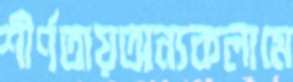
শীর্ণতায়অন্যকলামে